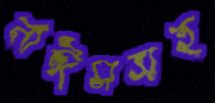
নাঈমসহ